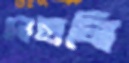
দোহালি